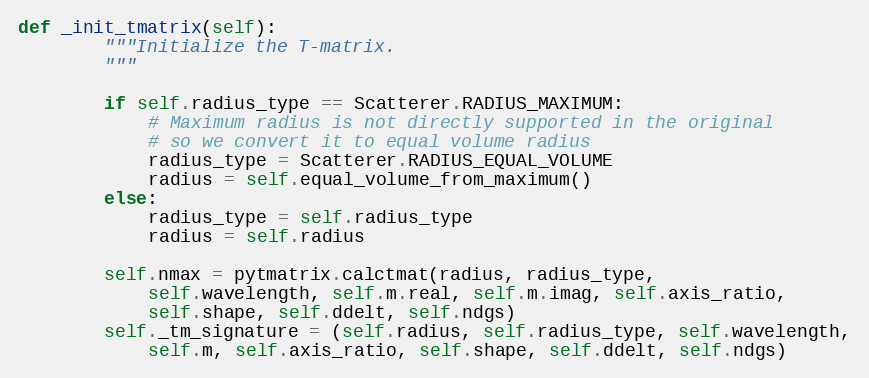
Language: Python
def _init_tmatrix(self):
        """Initialize the T-matrix.
        """

        if self.radius_type == Scatterer.RADIUS_MAXIMUM:
            # Maximum radius is not directly supported in the original
            # so we convert it to equal volume radius
            radius_type = Scatterer.RADIUS_EQUAL_VOLUME
            radius = self.equal_volume_from_maximum()
        else:
            radius_type = self.radius_type
            radius = self.radius

        self.nmax = pytmatrix.calctmat(radius, radius_type,
            self.wavelength, self.m.real, self.m.imag, self.axis_ratio,
            self.shape, self.ddelt, self.ndgs)
        self._tm_signature = (self.radius, self.radius_type, self.wavelength,
            self.m, self.axis_ratio, self.shape, self.ddelt, self.ndgs)